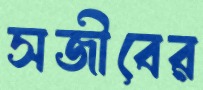
সজীবের